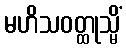
မဟိသဝတ္ထုသ္မိံ